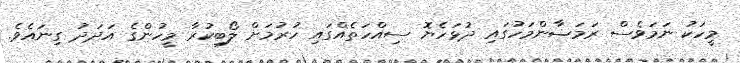
މީހަކު ނަމަވެސް ރަމަޟާންމަހުގައި ދުޅަހެޔޮ ސިއްހަތެއްގައި ހުރުމަށް ލޯބިކުރާ މީހުންގެ އަދަދު ގިނައެވެ.